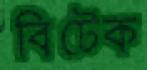
বিটেক